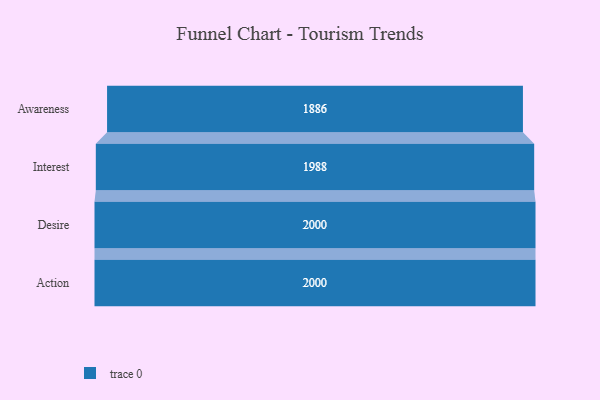
{"axis": {"x": "Stage", "y": "Value"}, "legend": [""], "data": [{"x": "Awareness", "y": 1886.0, "type": ""}, {"x": "Interest", "y": 1988.0, "type": ""}, {"x": "Desire", "y": 2000, "type": ""}, {"x": "Action", "y": 2000, "type": ""}]}